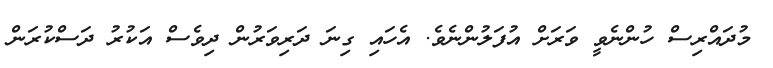
މުދައްރިސް ހުންނެވީ ވަރަށް އުފަލުންނެވެ. އެހައި ގިނަ ދަރިވަރުން ދިވެސް އަކުރު ދަސްކުރަން